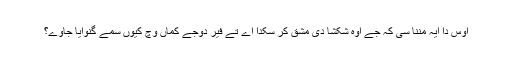
اوس دا ایہ مننا سی کہ جے اوہ شکشا دی مشق کر سکدا اے تے فیر دوجے کماں وچ کیوں سمے گنوایا جاوے؟